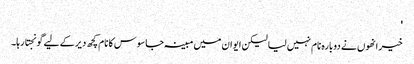
'
خیر انھوں نے دوبارہ نام نہیں لیا لیکن ایوان میں مبینہ جاسوس کا نام کچھ دیر کے لیے گونجتا رہا۔